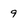
Character: 9